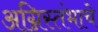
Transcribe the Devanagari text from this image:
अग्निस्तंभाचे